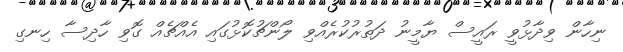
ނިހާން ވިދާޅުވީ ރައީސް ޔާމީނު ދަތުރުކުރެއްވި ލޯންޗުކޮޅުގައި އެއްޗެއް ގޮވި ހާދިސާ ހިނގި